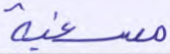
مسغبة